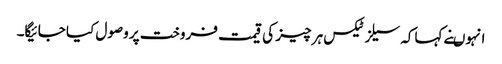
انہوںنے کہاکہ سیلز ٹیکس ہر چیز کی قیمت فروخت پر وصول کیا جائیگا۔